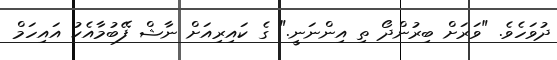
ދުވަހެވެ. "ވަރަށް ބިރުންދޯ ތި އިންނަނީ." ގެ ކައިރިއަށް ނާޝް ފޭބުމާއެކު އައިހަމް